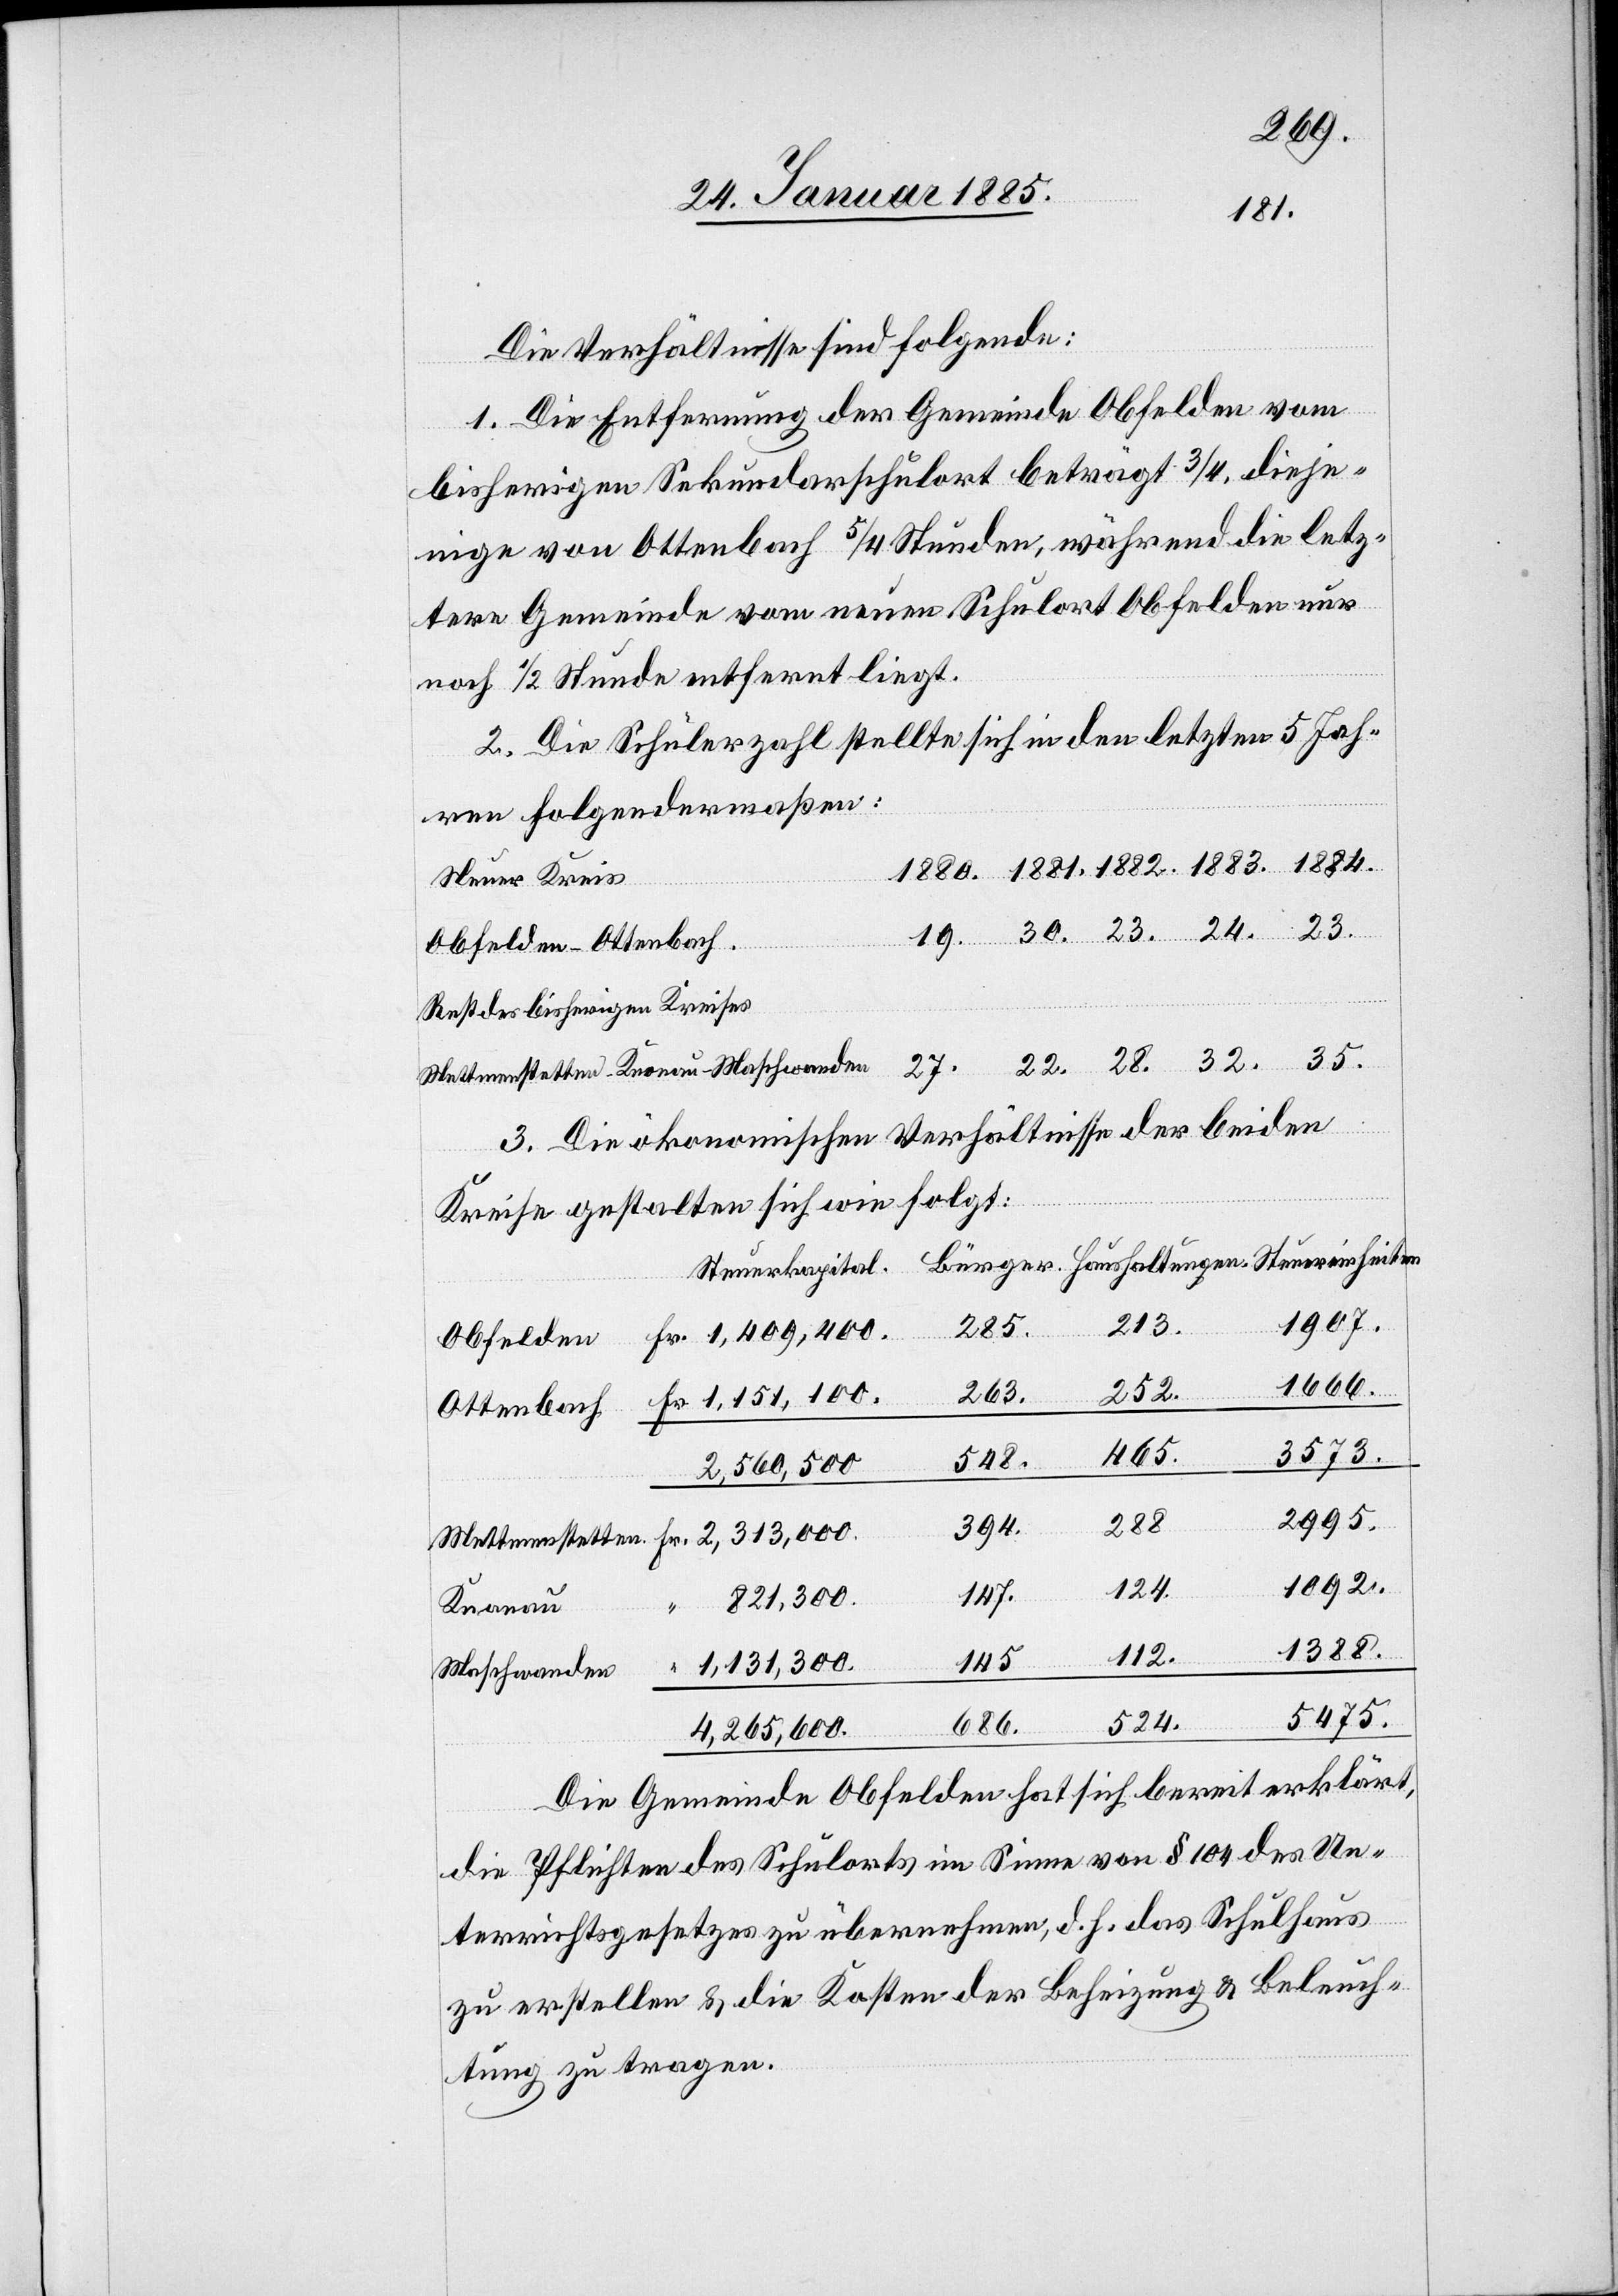
24.
1884.
Die Verhältnisse sind folgende:
1. Die Entfernung der Gemeinde Obfelden vom
bisherigen Sekundarschulort beträgt 3/4, dieje¬
nige von Ottenbach 5/4 Stunden, während die letz¬
tere Gemeinde vom neuen Schulort Obfelden nur
noch 1/2 Stunde entfernt liege.
2. Die Schülerzahl stellte sich in den letzten 5 Jah¬
ren folgendermaßen:
Steuer Kreis
Obfelden-Ottenbach.
Rest des bisherigen Kreises
Mettmenstetten-Knonau-Maschwanden
3. Die ökonomischen Verhältnisse der beiden
hwanden
Kreise gestalten sich wie folgt:
Steuerkapital
1907.
213.
285.
1666.
252.
263.
Ottenbach
465.
3573.
ungen
548.
2,560,500
2995.
288.
394.
1092.
124.
Masc¬
147.
1,131,300.
35.
Knonau
1388.
112.
145.
5475.
524.
686.
4,265,600
Die Gemeinde Obfelden hat sich bereit erklärt,
die Pflichten des Schulorts im Sinne von § 104 des Un¬
“
terrichtsgesetzes zu übernehmen, d. h. das Schulhaus
zu erstellen & die Kosten der Beheizung & Beleuch¬
tung zu tragen.